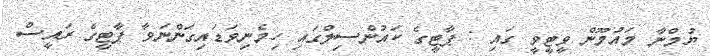
ޔުމްނާ މައުމޫން ވީޓީވީ ގައި : ޕާޓީގެ ކައުންސިލްގައި ހިމެނިވަޑައިގަންނަވާ ޕާޓީގެ ރައީސް